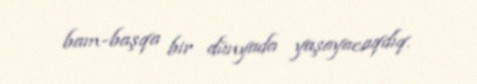
bam-başqa bir dünyada yaşayacaqdıq.